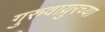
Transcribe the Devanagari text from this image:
गुरुवाय्रुरच्या